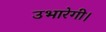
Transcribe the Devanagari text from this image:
उभारेगी।